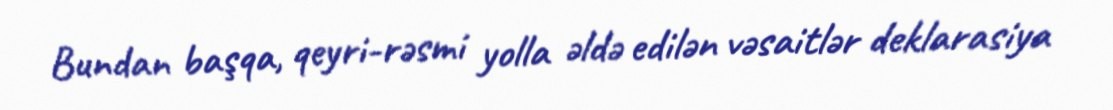
Bundan başqa, qeyri-rəsmi yolla əldə edilən vəsaitlər deklarasiya